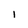
Character: i